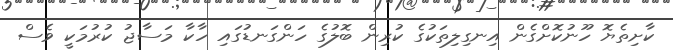
ކާށިތެޔޮ ހޫނުކޮށްގެން އިނގިލިތަކުގެ ކުރިން ބޮލުގެ ހަންގަނޑުގައި ހާކާ މަސާޖު ކުރުމަކީ ވެސް